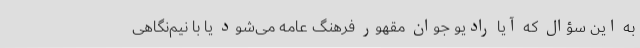
به این سؤال که آیا رادیو جوان مقهور فرهنگ عامه می‌شود یا با نیم‌نگاهی